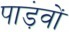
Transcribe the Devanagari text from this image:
पाड़ंवों